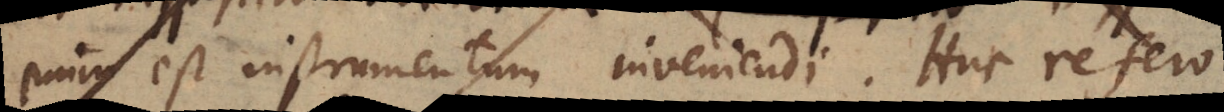
enim est instrumentum inveniendi. Huc refero